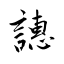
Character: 譓